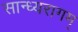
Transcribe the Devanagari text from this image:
सान्ध्यरागम्